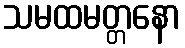
သမထမတ္တနော